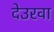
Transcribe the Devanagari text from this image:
देउरवा